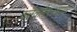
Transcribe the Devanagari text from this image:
क्लैकमैननशायर